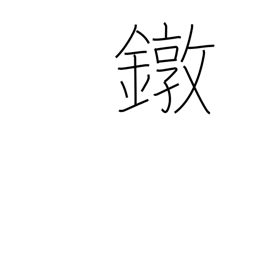
Meaning: ferrule